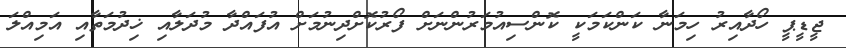
ޖީޑީޕީ ހޯދާއިރު ހިމަނާ ކަންކަމަކީ ކޮންސިއުމަރުންނަށް ފޯރުކޮށްދިނުމަށް އުފައްދާ މުދަލާއި ޚިދުމަތާއި އަމިއްލަ